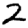
Digit: 2